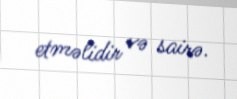
etməlidir və sairə.